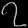
Digit: ၇